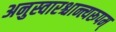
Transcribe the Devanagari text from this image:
अनुस्वारश्चान्त्यरूपम्